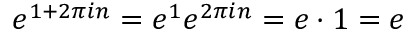
e ^ { 1 + 2 \pi i n } = e ^ { 1 } e ^ { 2 \pi i n } = e \cdot 1 = e